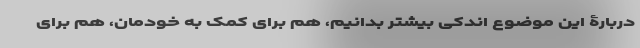
دربارۀ این موضوع اندکی بیشتر بدانیم، هم برای کمک به خودمان، هم برای